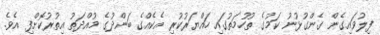
ފިލުވައިގެން ގެންގުޅުނު ކަމުގެ ތުހުމަތުގައި ހައްޔަރުކުރި އެކެއްގެ ބަންދުގެ މުއްދަތު އިތުރުކޮށްފި އެވެ.